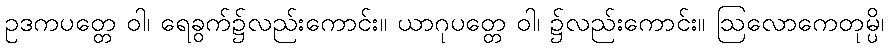
ဥဒကပတ္တေ ဝါ၊ ရေခွက်၌လည်းကောင်း။ ယာဂုပတ္တေ ဝါ၊ ၌လည်းကောင်း။ ဩလောကေတုမ္ပိ၊